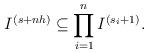
LaTeX: \begin{align*} I^{(s+nh)} \subseteq \prod_{i=1}^n I^{(s_i+1)}. \end{align*}